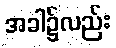
အခါ၌လည်း